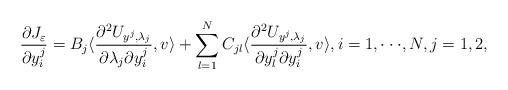
LaTeX: \begin{align*}\displaystyle\frac{\partial J_\varepsilon}{\partial y^j_i} = B_j \langle\frac{\partial ^2U_{y^j, \lambda_j}}{\partial \lambda_j\partial y^j_i}, v\rangle + \sum_{l = 1}^NC_{jl}\langle\frac{\partial^2 U_{y^j, \lambda_j}}{\partial y^j_l\partial y^j_i}, v\rangle,i = 1,\cdot\cdot\cdot,N, j = 1,2,\end{align*}